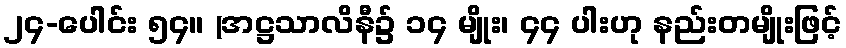
၂၄-ပေါင်း ၅၄။ (အဋ္ဌသာလိနီ၌ ၁၄ မျိုး၊ ၄၄ ပါးဟု နည်းတမျိုးဖြင့်